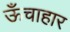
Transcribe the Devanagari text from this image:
ऊँचाहार